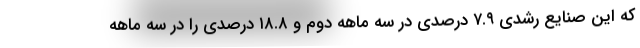
که این صنایع رشدی ۷.۹ درصدی در سه ماهه دوم و ۱۸.۸ درصدی را در سه ماهه